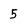
Character: 5